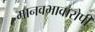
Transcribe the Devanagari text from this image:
मानवभावारोपी